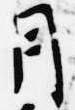
月